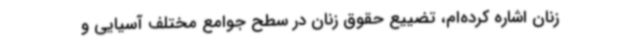
زنان اشاره کرده‌ام‌، تضییع حقوق زنان در سطح جوامع مختلف آسیایی و